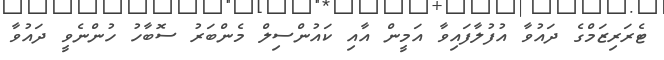
ޓެރަރިޒަމްގެ ދައުވާ އުފުލާފައިވާ އަމީން އާއި ކައުންސިލް މެންބަރު ސޮބާހު ހުންނެވީ ދައުވާ